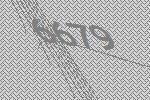
6679